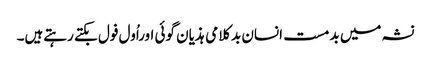
نشہ میں بدمست انسان بدکلامی ہذیان گوئی اوراُول فول بکتے رہتےہیں۔